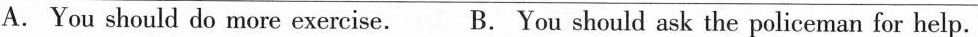
A. You should do more exercise. B. You should ask the policeman for help.